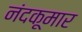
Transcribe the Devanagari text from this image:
नंदकूमार